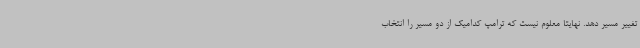
تغییر مسیر دهد. نهایتا معلوم نیست که ترامپ کدامیک از دو مسیر را انتخاب